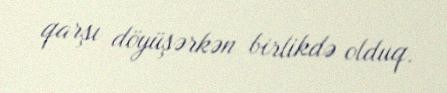
qarşı döyüşərkən birlikdə olduq.